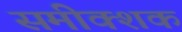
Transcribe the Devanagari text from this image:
समीक्शक